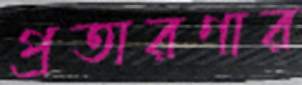
প্রতারণার